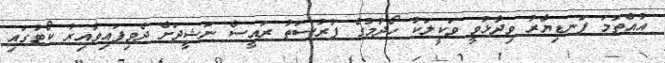
އުއްތަމަ ފަނޑިޔާރު ވިދާޅުވީ ވަކީލަކު ހޯދުމުގެ ފުރުސަތު ރައީސް ނަޝީދަށް ދެވިފައިވާއިރު ކޯޓުގައި